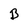
Character: B